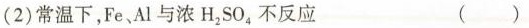
(2)常温下，Fe、Al与浓H_{2}SO_{4}，不反应 ( )